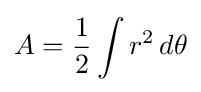
A={1 \over 2}\int r^{2}\,d\theta